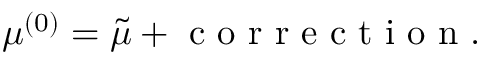
\mu ^ { ( 0 ) } = \tilde { \mu } + \mathrm { ~ c ~ o ~ r ~ r ~ e ~ c ~ t ~ i ~ o ~ n ~ } .